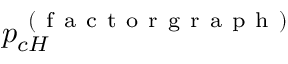
p _ { c H } ^ { \mathrm { ~ ( ~ f ~ a ~ c ~ t ~ o ~ r ~ g ~ r ~ a ~ p ~ h ~ ) ~ } }